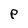
Character: P